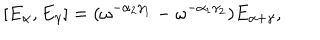
[ E _ { \alpha } , E _ { \gamma } ] = ( \omega ^ { - \alpha _ { 2 } \gamma _ { 1 } } - \omega ^ { - \alpha _ { 1 } \gamma _ { 2 } } ) E _ { \alpha + \gamma } ,